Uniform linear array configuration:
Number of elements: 16
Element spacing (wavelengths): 1
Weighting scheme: kaiser
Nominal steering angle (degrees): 30
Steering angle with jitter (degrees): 28.366
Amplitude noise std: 0.05
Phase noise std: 0.05

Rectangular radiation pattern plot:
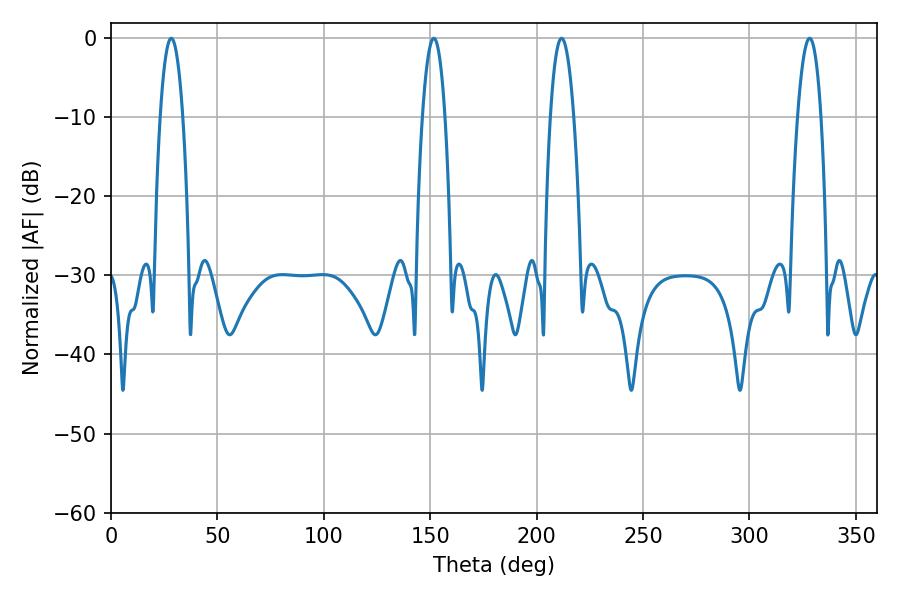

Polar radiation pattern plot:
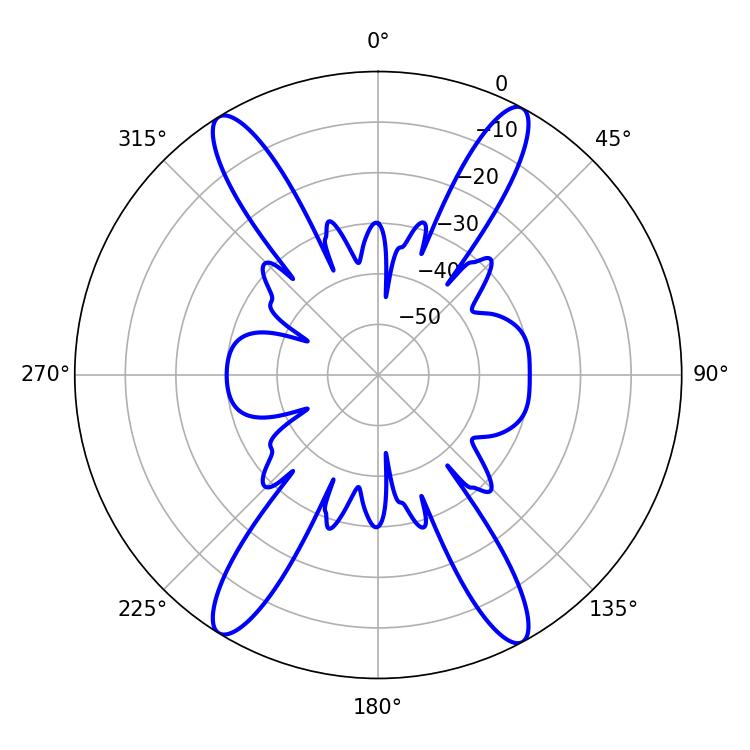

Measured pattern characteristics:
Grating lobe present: TRUE
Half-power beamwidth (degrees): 5.94
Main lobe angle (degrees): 211.68